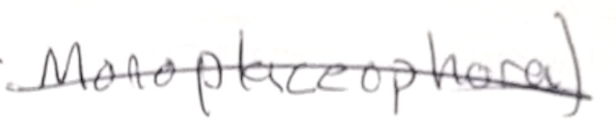
Text: Monoplacophora)
Cross-out: diagonal
Writing tool: pencil